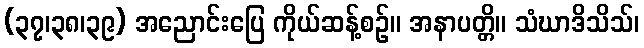
(၃၇၊၃၈၊၃၉) အညောင်းပြေ ကိုယ်ဆန့်စဉ်။ အနာပတ္တိ။ သံဃာဒိသိသ်၊